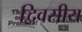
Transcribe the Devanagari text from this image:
द्विवसीय